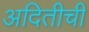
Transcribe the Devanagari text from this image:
अदितीची